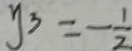
y _ { 3 } = - \frac { 1 } { 2 }